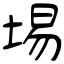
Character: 埸